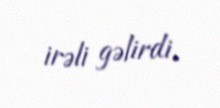
irəli gəlirdi.